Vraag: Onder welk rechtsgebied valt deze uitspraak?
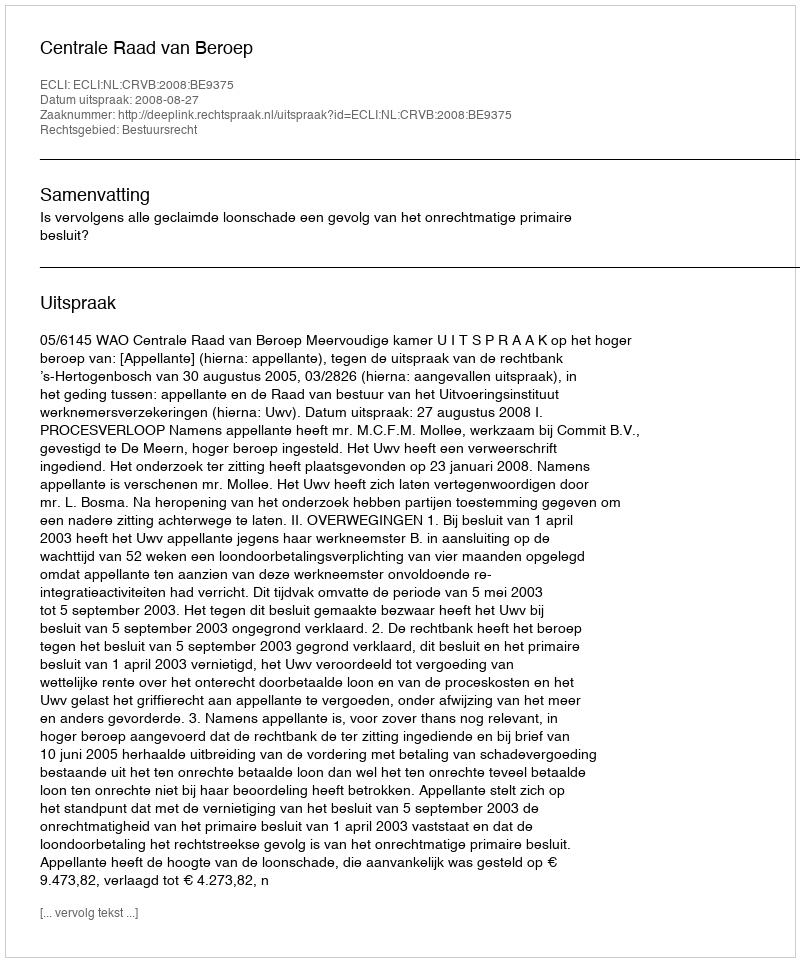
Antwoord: Bestuursrecht